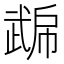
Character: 𭭮